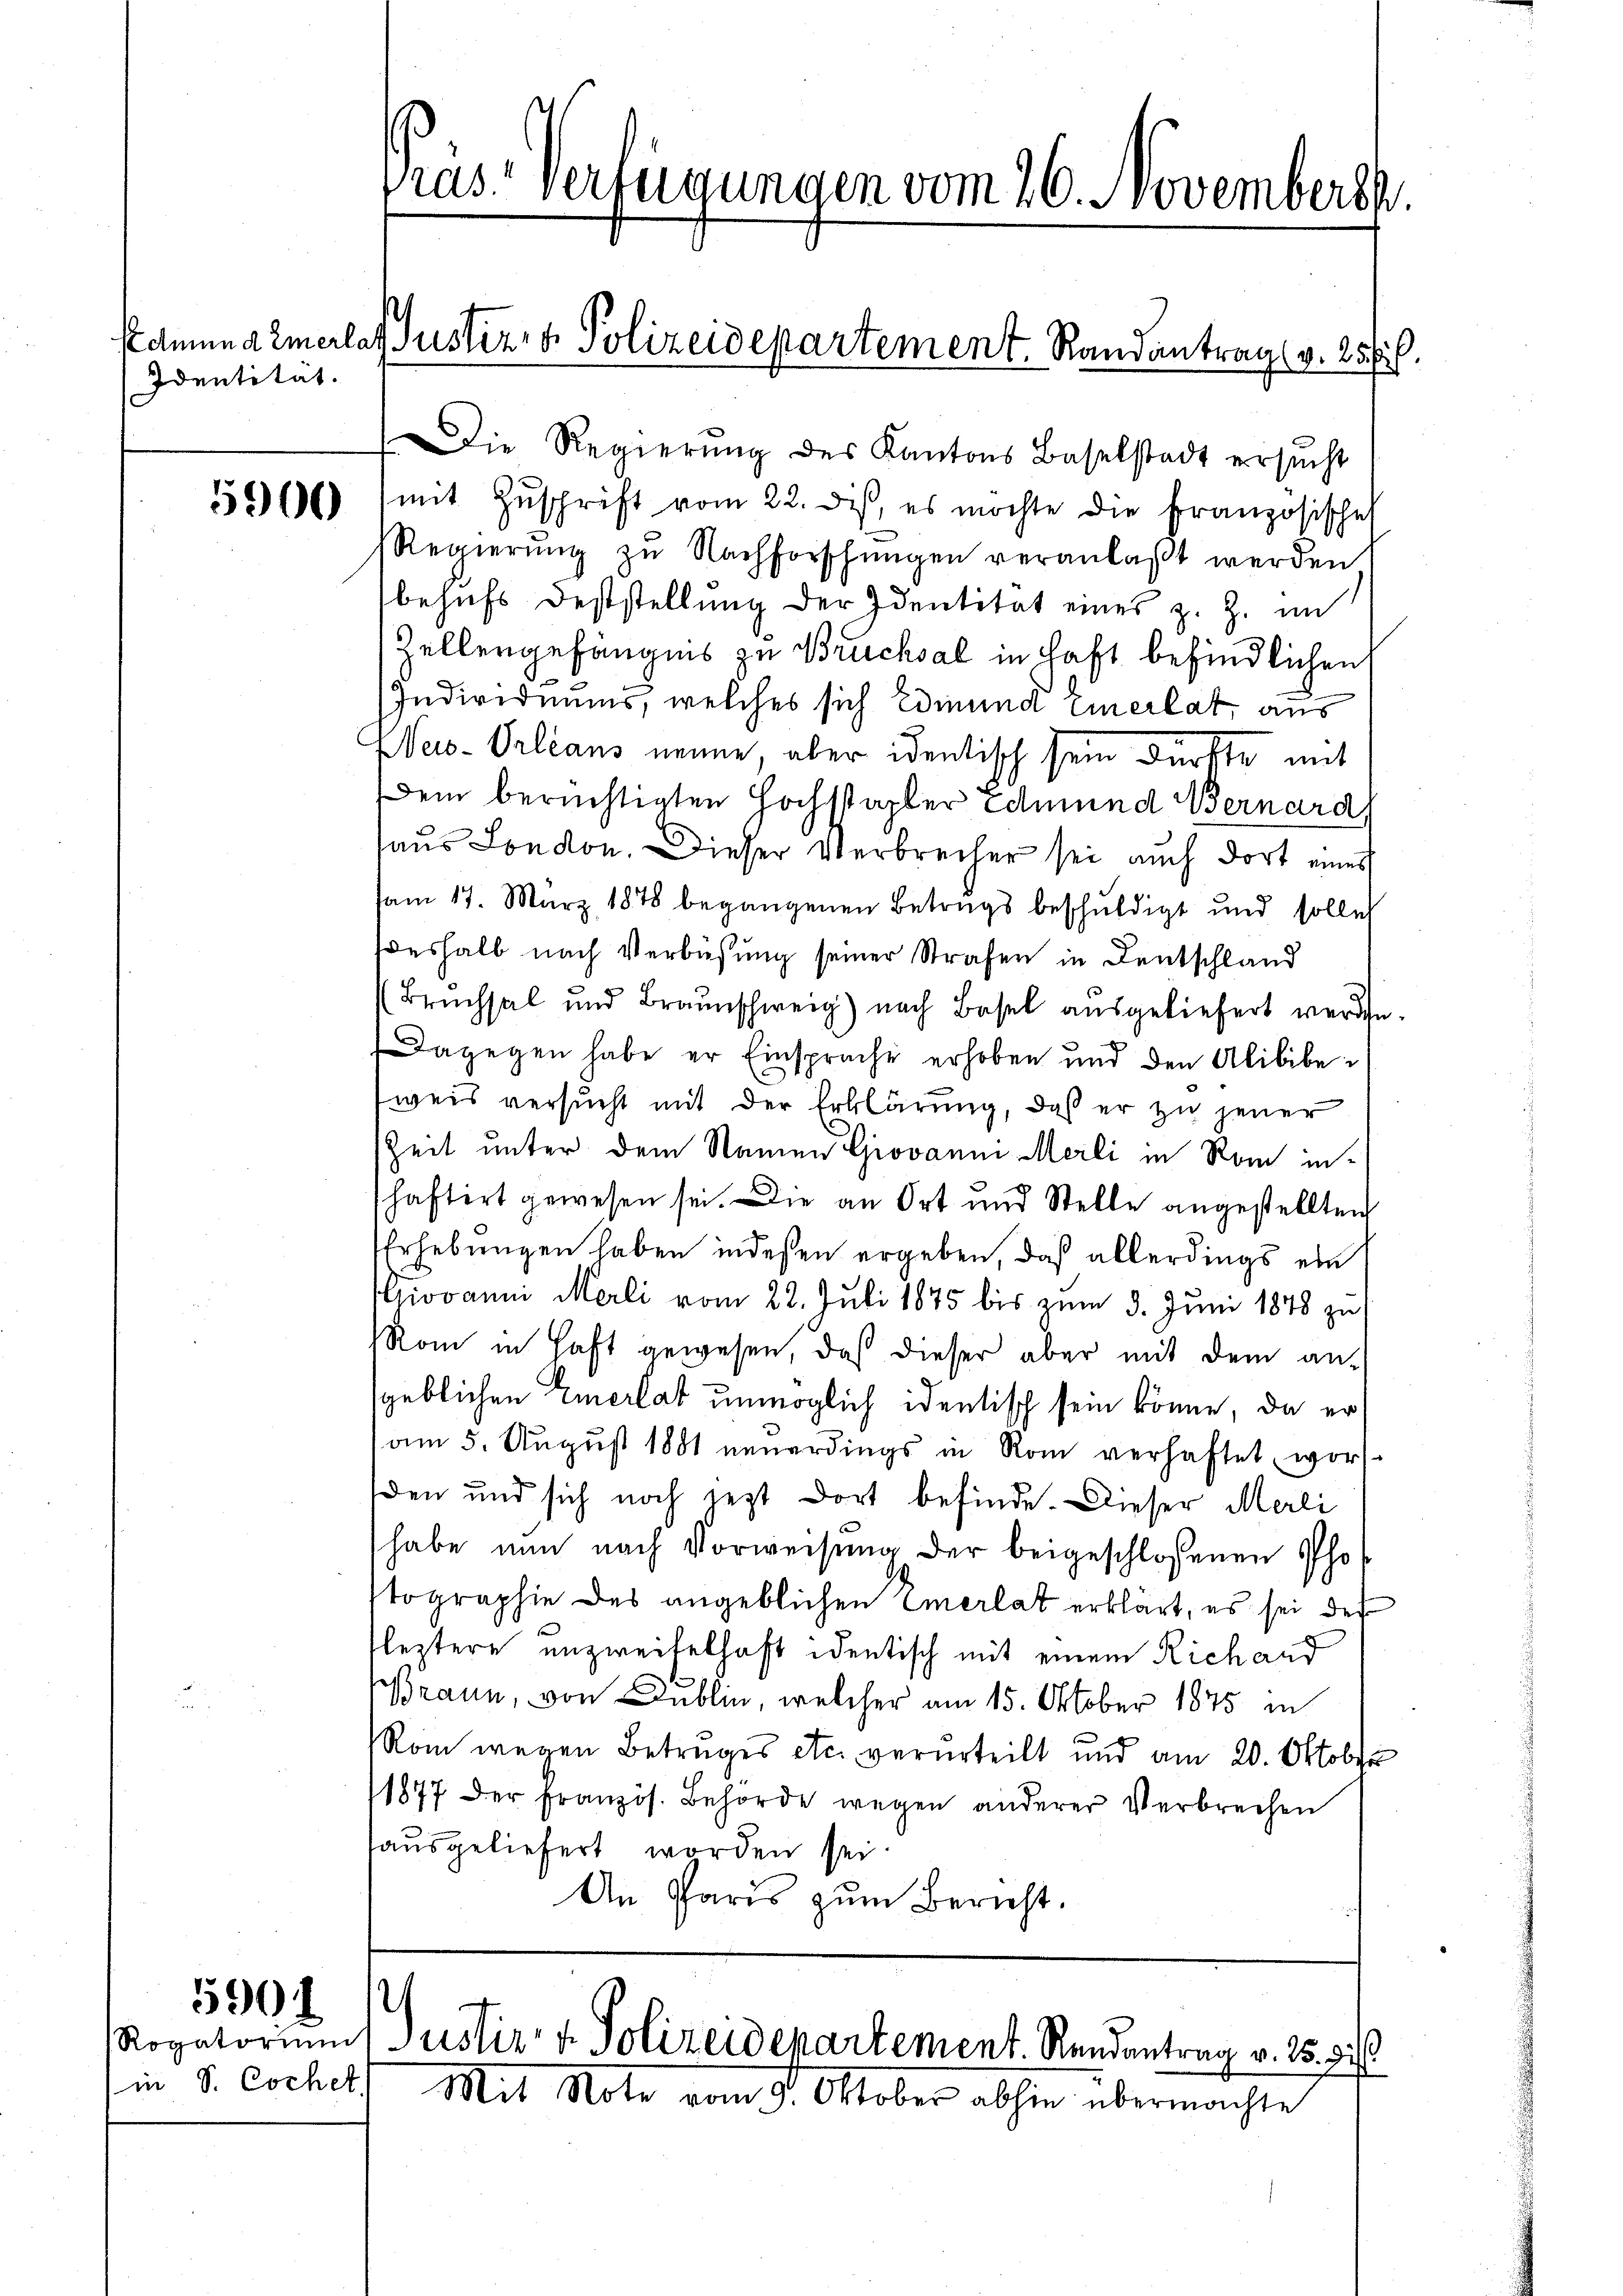
Identität.

5900

in S. Cochet.

5901 1/

Die Regierŭng des Kantons Baselstadt ersŭcht
mit Zŭschrift vom 22. des, es möchte die Französischeh
Regierŭng zŭ Nachforschungen veranlaßt werden
behufs Feststellung der Identität eines z. Z. im
Zellergefängnis zu Bruchsal in haft befindlichen
Individuums, welches sich Edmund Einerlat, aus
Neio-Orleans neune aber identisch sein dürfte mit
Dem berüchtigten Hochstapfer edmund Bernard,
haus London. Dieser Verbrecher sei auch dort eines
sam 17. März 1878 begangenen Betrags beschuldigt und solle
Weshalb nach Verbüßung seiner Strafen in Deutschland
(Bruchsal und Braunschweig) nach Basel ausgeliefert werden.
Dagegen habe er Einsprache erhoben und den Alibibe-
weis versucht mit der Erklärung, daß er zu jener
Zeit unter dem Namen Giovanni Merli in Rom inhaftirt gewesen sei. Die an Ort und Stelle angestellten
Erhebungen haben indeßen ergeben, daß allerdings ein
iovanni Merli vom 22. Juli 1875 bis zum 3. Juni 1848 zu
Rom in Haft gewesen, daß dieser aber mit dem angeblichen Emerlas unmöglich identisch sein könne, da er
am 5. August 1881 neuerdings in Rom verhaftet, worden und sich noch jezt dort befinde. Dieser Merli
habe nun nach Vorweisung der beigeschlossenen Pho
tographie des angeblichen Emerlat erklärt, es sei der
leztere unzweifelhaft identisch mit einem Richand
Braun, von Dublin, welcher am 15. Oktober 1875 in
Rom wegen Betruges etc. verurteilt und am 20. Oktober
1877 der französ. Behörde wegen anderer Verbrechen
tausgeliefert worden sei
An Paris zŭm Bericht.

ras. verfügungen vom 26. Novembers

Edmund Emerlas Justiz- & Polizeidepartement. Randantrag v. 25 ff.

Rogatorium ustiz- & Polizeidepartement. Rendantrag v. 25. zi
Mit Note vom 7. Oktober abhin übermachte